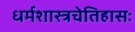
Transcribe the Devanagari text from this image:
धर्मशास्त्रचेतिहासः